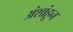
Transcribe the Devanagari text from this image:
अंशांहून